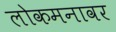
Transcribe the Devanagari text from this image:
लोकमनावर